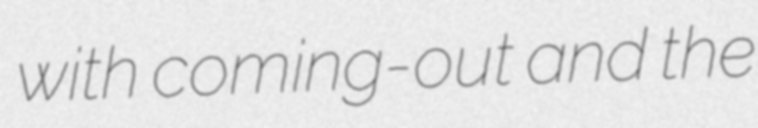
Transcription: with coming-out and the